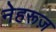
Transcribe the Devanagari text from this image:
नेहरूज़